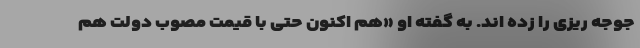
جوجه ریزی را زده اند. به گفته او «هم اکنون حتی با قیمت مصوب دولت هم